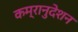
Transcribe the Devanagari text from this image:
कम्रानुदेशन